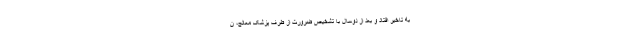
به تاخیر افتاد و بعد از دوسال با تشخیص ضرورت از طرف پزشک معالج، ن